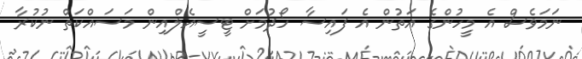
ނަމަވެސް އެ މީހުންގެ އަތުން އެ ފައިސާ ހޯދުމަށް ޓީސީއެލްއިން މަސައްކަތް ނުކުރާ